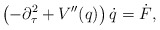
\begin{align*}\left( - \partial_\tau^2 + V^{\prime\prime}(q)\right) \dot q = \dot F,\end{align*}